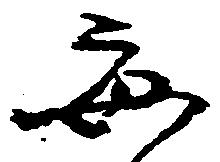
毎